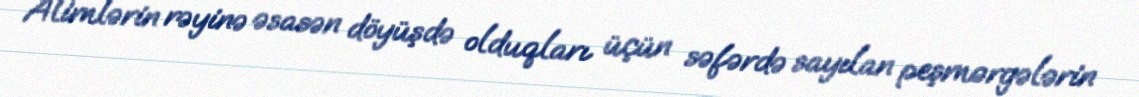
Alimlərin rəyinə əsasən döyüşdə olduqları üçün səfərdə sayılan peşmərgələrin